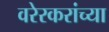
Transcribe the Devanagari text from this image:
वरेरकरांच्या